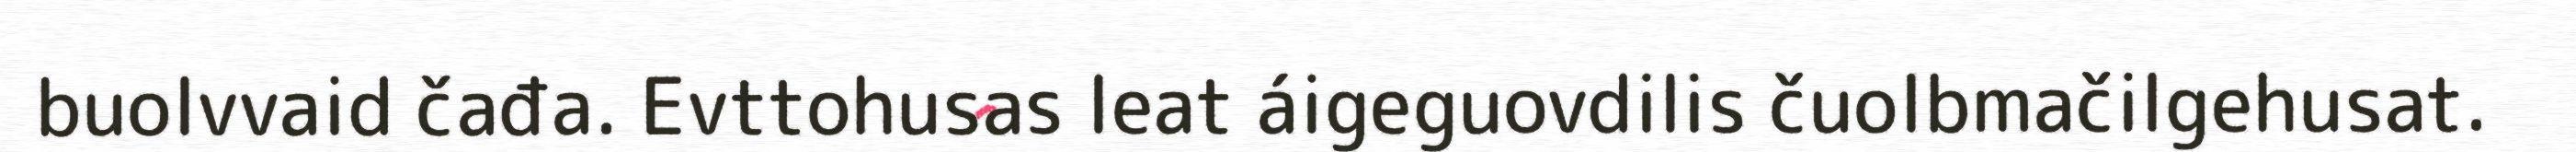
buolvvaid čađa. Evttohusas leat áigeguovdilis čuolbmačilgehusat.